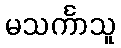
မသင်္ကာသူ